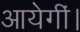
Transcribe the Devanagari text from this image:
आयेगीं।